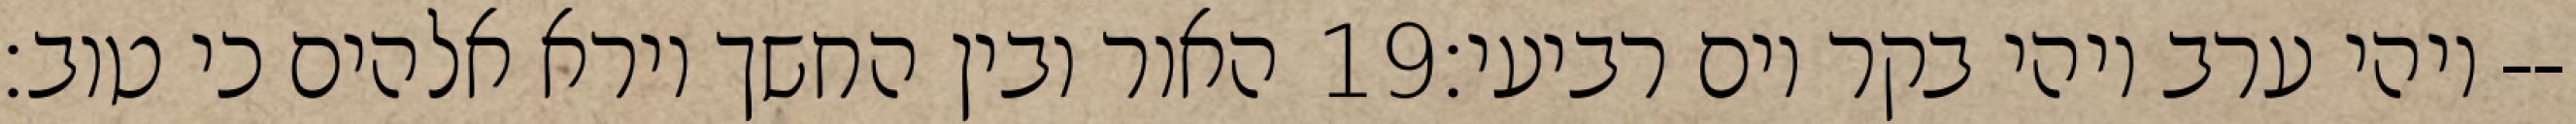
האור ובין החשך וירא אלהים כי טוב׃ ‎19‏ ויהי ערב ויהי בקר יום רביעי׃--